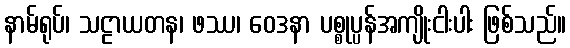
နာမ်ရုပ်၊ သဠာယတန၊ ဖဿ၊ ဝေဒနာ ပစ္စုပ္ပန်အကျိုးငါးပါး ဖြစ်သည်။